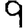
Digit: 9